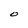
Character: O